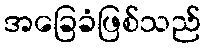
အခြေခံဖြစ်သည်